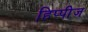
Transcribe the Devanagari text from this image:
हिप्पीज